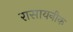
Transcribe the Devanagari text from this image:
रासायनीक